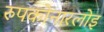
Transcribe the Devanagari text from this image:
रुपकोनारलोइ